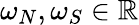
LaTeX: \omega_{N},\omega_{S}\in\mathbb{R}